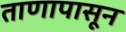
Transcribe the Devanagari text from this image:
ताणापासून